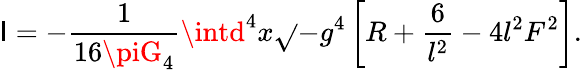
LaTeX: \mathsf{I}=-{\frac{{1}}{{16\piG_{4}}}}\intd^{4}x\sqrt{}{{-g^{4}}}\left[R+{\frac{{6}}{{l^{2}}}}-4l^{2}F^{2}\right].